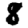
Digit: 8